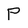
Character: P